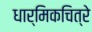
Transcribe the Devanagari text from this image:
धार्मिकचित्रे